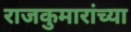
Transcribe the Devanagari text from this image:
राजकुमारांच्या